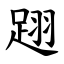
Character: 䟳